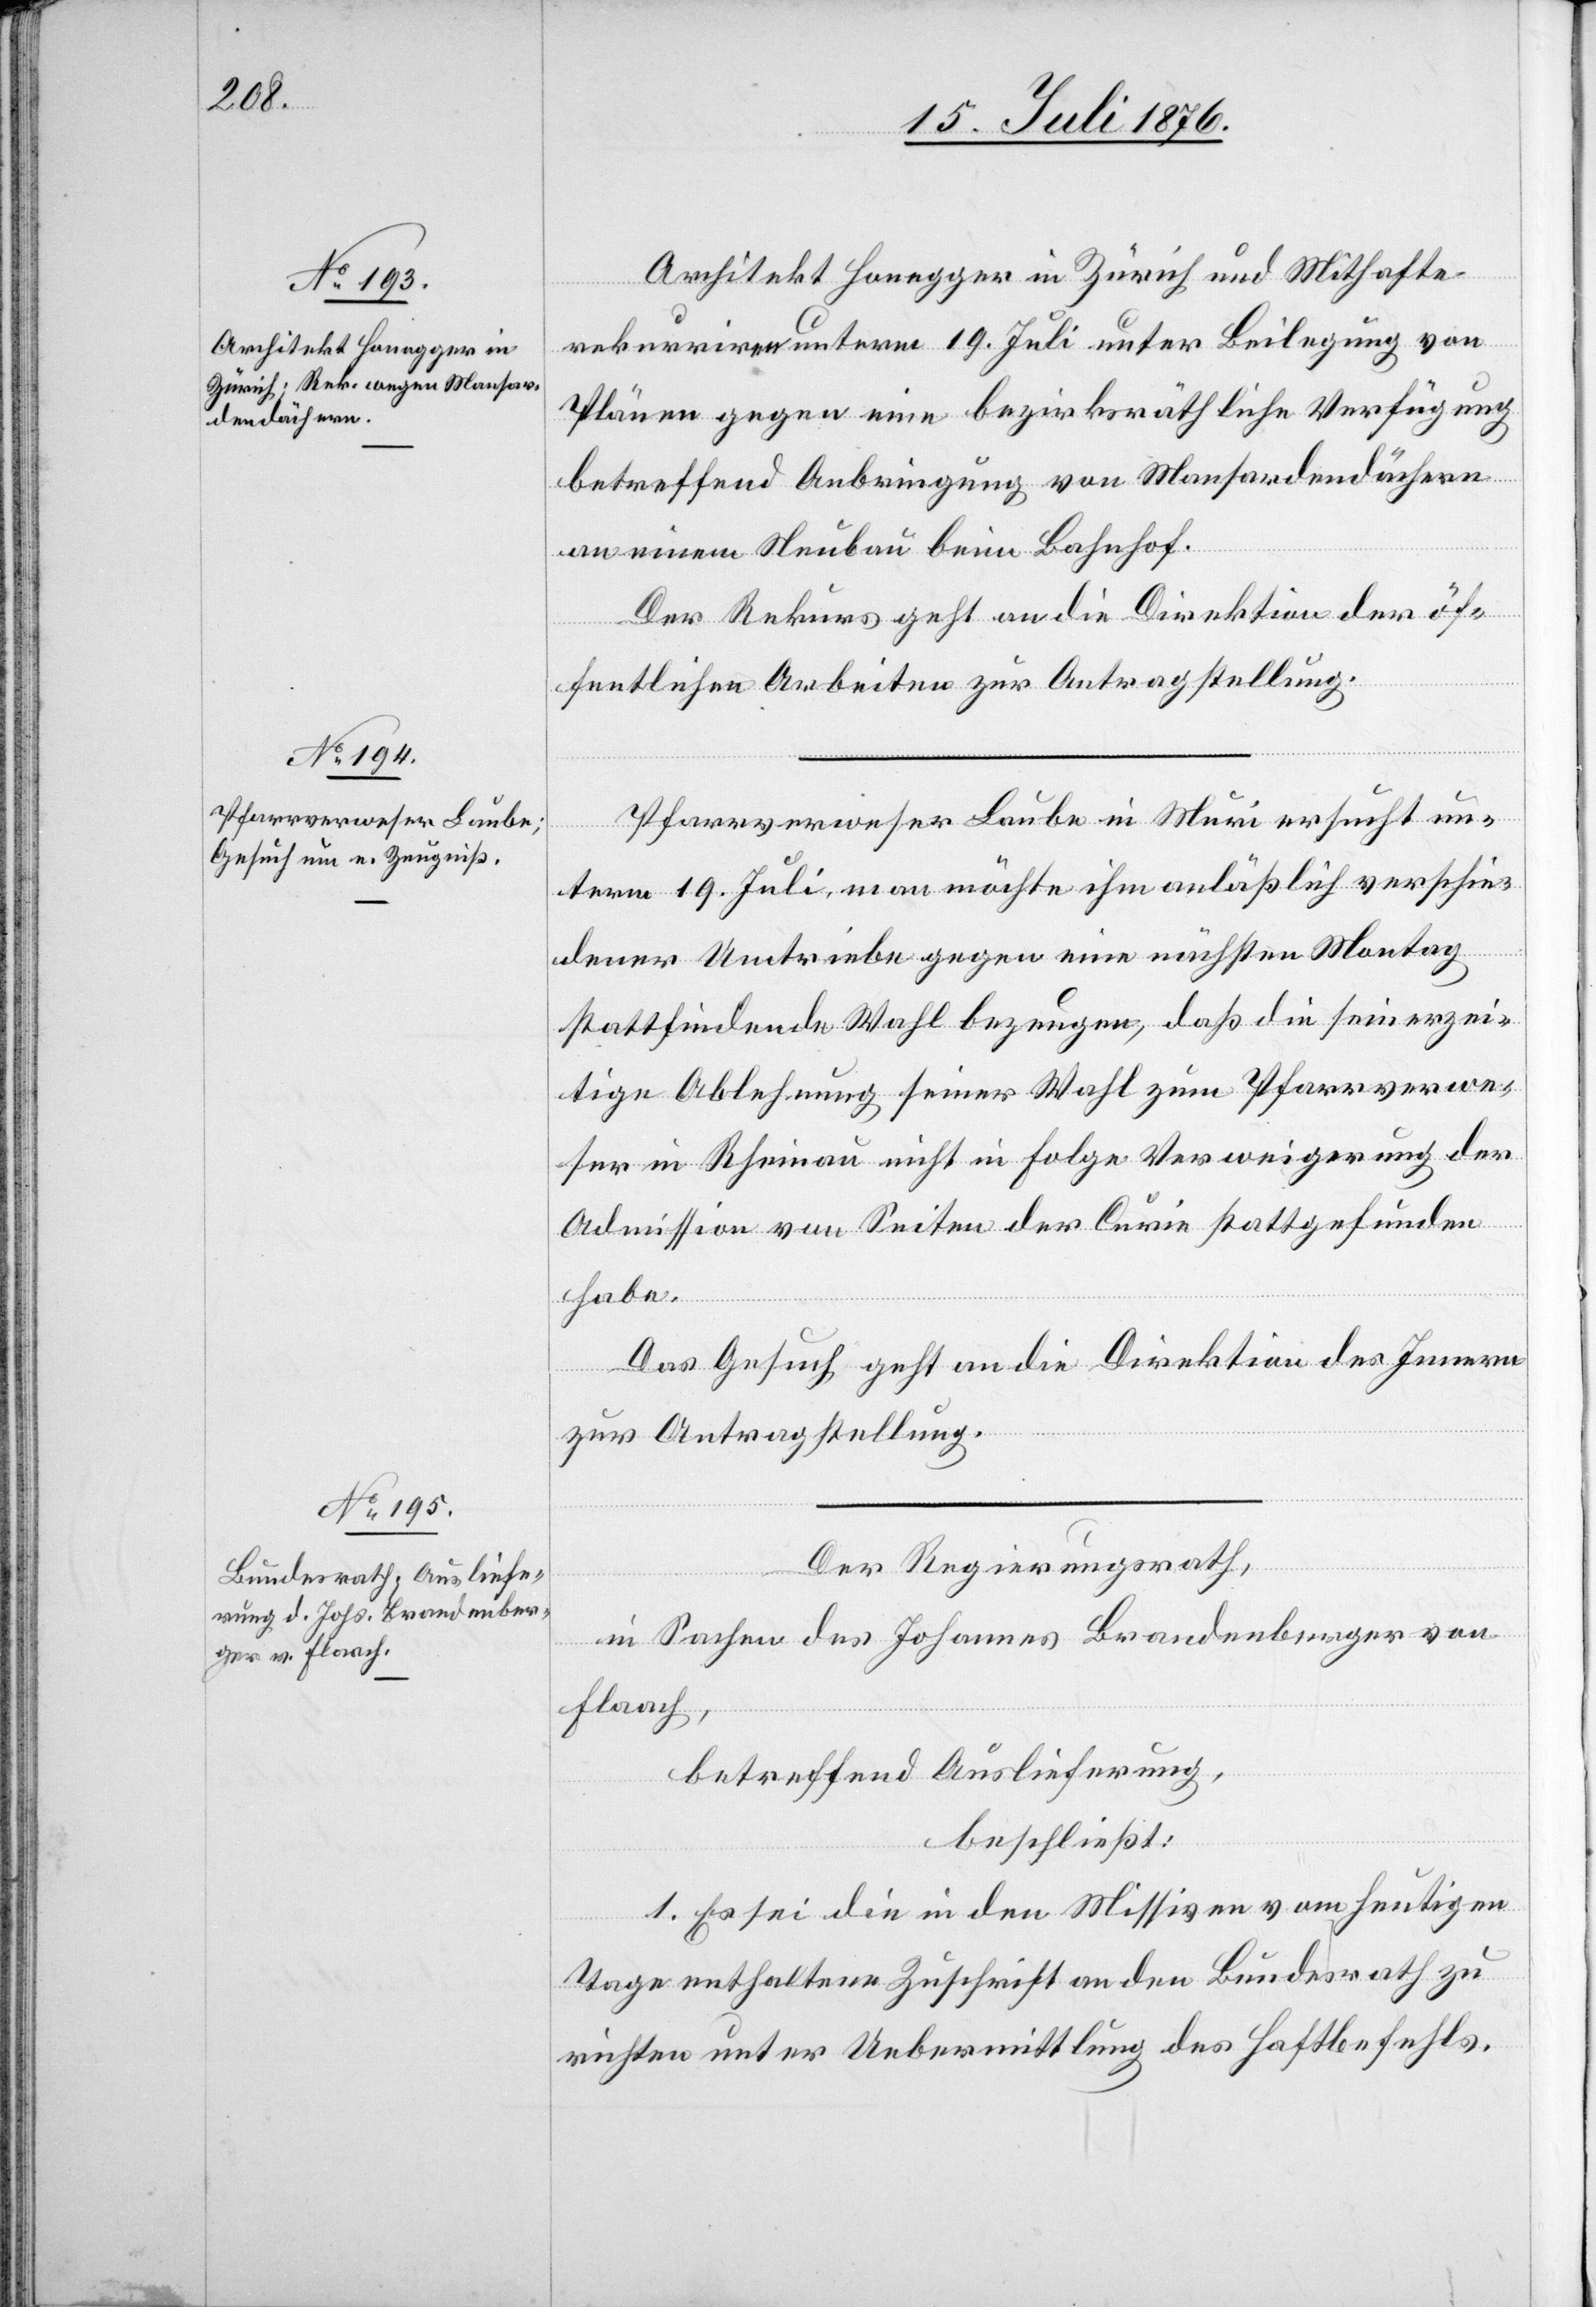
20. Juli 1876.]
Architekt Honegger in Zürich und Mithafte
rekurriren unterm 19. Juli unter Beilegung von
Plänen gegen eine bezirksräthliche Verfügung
betreffend Anbringung von Mansardendächern
an einem Neubau beim Bahnhof.
Der Rekurs geht an die Direktion der öf¬
fentlichen Arbeiten zur Antragstellung.
Pfarrverweser Laube in Muri ersucht un¬
term 19. Juli, man möchte ihm anläßlich verschie¬
dener Umtriebe gegen eine nächsten Montag
stattfindende Wahl bezeugen, daß die seinerzei¬
tige Ablehnung seiner Wahl zum Pfarrverwe¬
ser in Rheinau nicht in Folge Verweigerung der
Admission von Seiten der Curie stattgefunden
habe.
Das Gesuch geht an die Direktion des Innern
zur Antragstellung.
Der Regierungsrath,
in Sachen des Johannes Brandenberger von
Flaach,
betreffend Auslieferung,
beschließt:
1. Es sei die in den Missiven vom heutigen
Tage enthaltene Zuschrift an den Bundesrath zu
richten unter Uebermittlung des Haftbefehls.